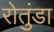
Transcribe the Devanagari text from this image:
रोतुंडा